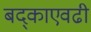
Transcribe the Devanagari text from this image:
बद्काएवढी